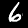
Label: 6